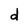
Character: d